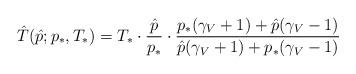
LaTeX: \begin{align*}\hat T(\hat p;p_*,T_*)=T_*\cdot\frac{\hat p}{p_*}\cdot\frac{p_*(\gamma_V+1)+\hat p(\gamma_V-1)}{ \hat p(\gamma_V+1)+p_*(\gamma_V-1)}\end{align*}